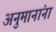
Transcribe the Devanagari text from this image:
अनुमानांना